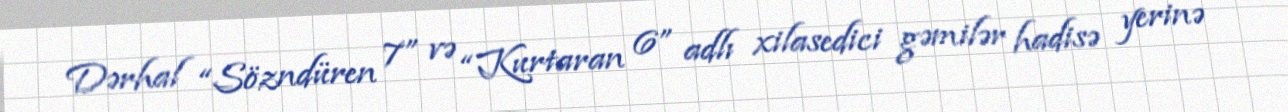
Dərhal “Sözndüren 7” və “Kurtaran 6” adlı xilasedici gəmilər hadisə yerinə